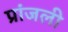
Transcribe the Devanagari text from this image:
प्रांजली